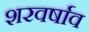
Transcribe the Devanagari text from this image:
शरवर्षाव